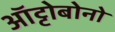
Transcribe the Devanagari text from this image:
ऑट्टोबोनो